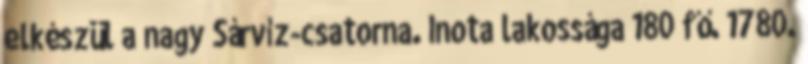
elkészül a nagy Sárvíz-csatorna. Inota lakossága 180 fő. 1780.